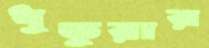
ধুতুরার